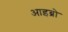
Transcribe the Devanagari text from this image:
आइब्रो